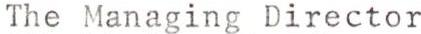
The Managing Director